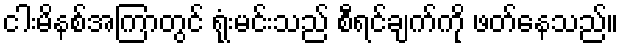
ငါးမိနစ်အကြာတွင် ရုံးမင်းသည် စီရင်ချက်ကို ဖတ်နေသည်။